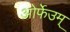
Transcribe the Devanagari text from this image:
ओर्फेउम्